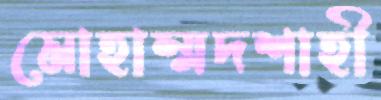
মোহাম্মদশাহী